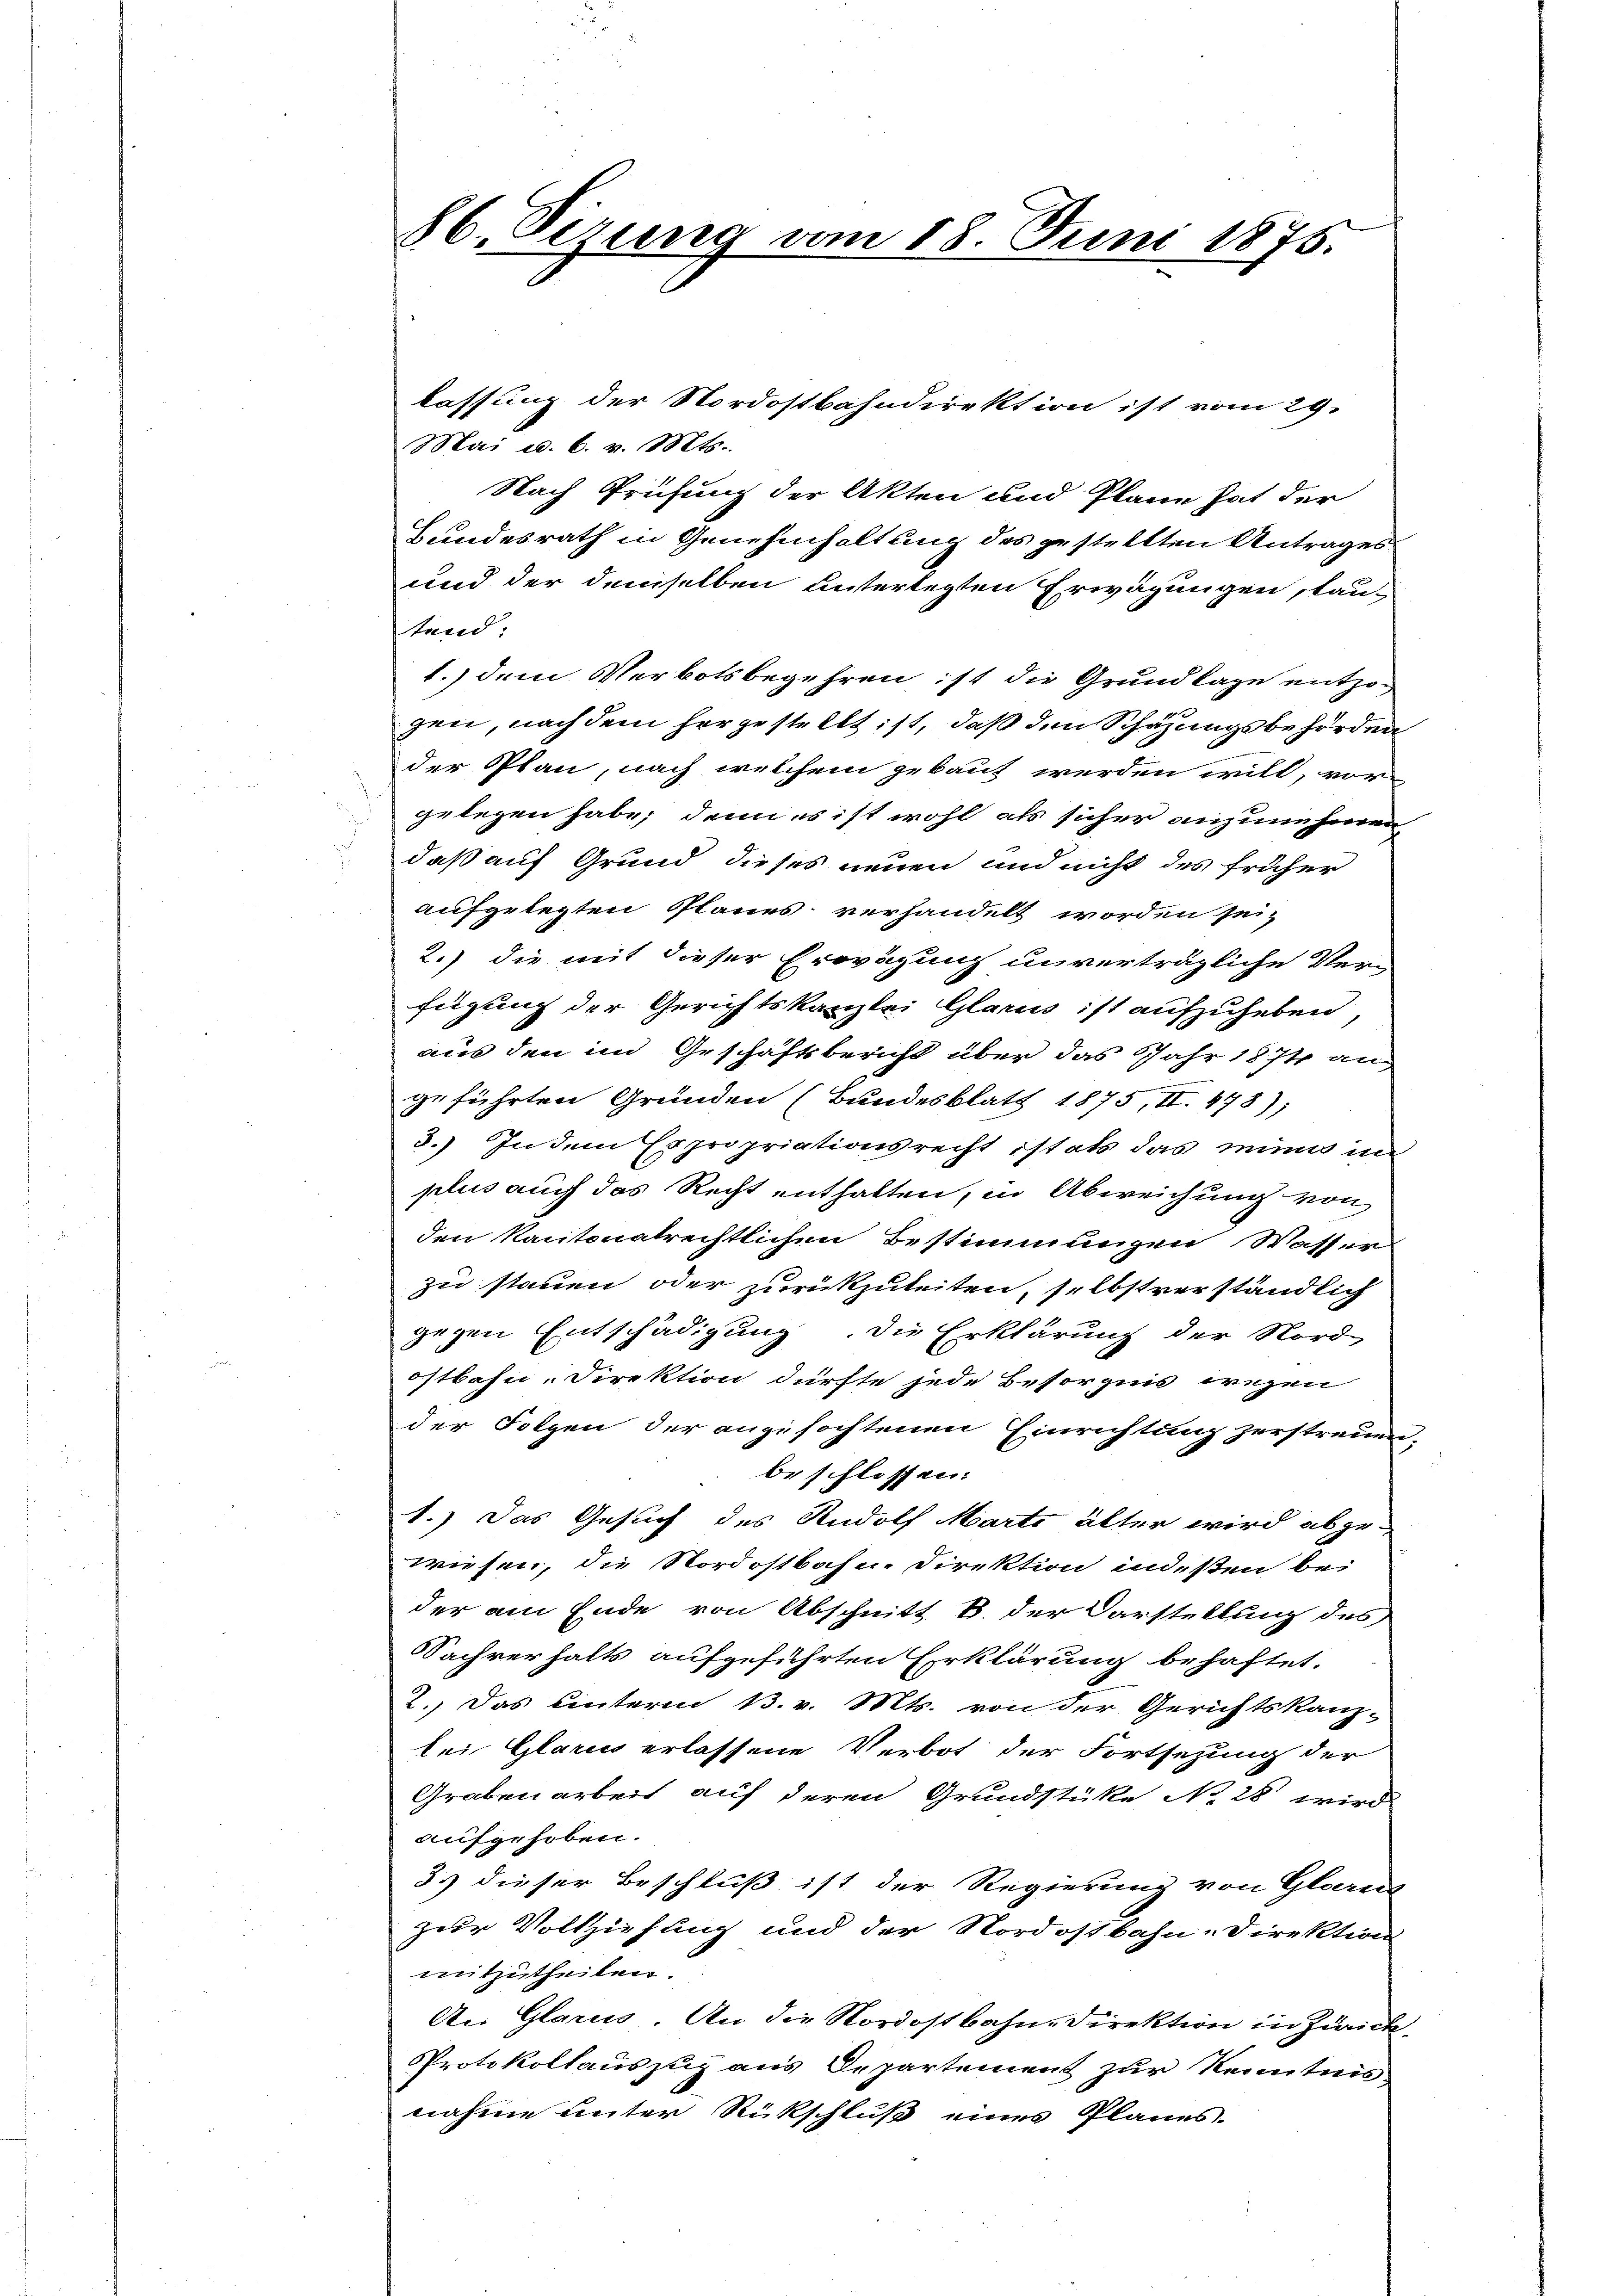
86. Sizung vom 18. Juni 1875.

lassung der Nordostbahndirektion ist vom 29.
Mai d. 6. v. Mts.
Nach Prüfung der Akten und Plane hat der
Bundesrath in Genehmhaltung des gestellten Antrages
und der demselben unterlegten Erwägungen stautend:
1.) dem Verbotsbegehren ist die Grundlage entzog
gen, nach dem hergestellt ist, daß den Schazungsbehörden
der Plan, nach welchem gebaut werden will, vor
gelegen habe; denn es ist wohl als sicher anzunehmen
daß auf Grund dieses neuen und nicht des früher
aufgelegten Planes verhandelt worden sei,
2.) die mit dieser Erwägung unverträgliche Ver-
fügung der Gerichtskanzlei Glarus ist aufzuheben,
aus den im Geschäftsbericht über das Jahr 1874 an
geführten Gründen (Bundesblatt 1875, II. 478);
3.) In dem Expropriationsrecht ist als das mini in
plus auch das Recht enthalten, in Abweichung von
den kantonatrechtlichen Bestimmungen Wasser
zu stauen oder zurückzuleiten, selbstverständlich
gegen Entschädigung. Die Erklärung der Nord
ostbahn-Direktion dürfte jede Besorgnis wegen
der Folgen der angefochtenen Einrichtung zerstreuen,
beschlossen:
1.) Das Gesuch des Rudolf Marti älter wird abge-
wiesen, die Nordostbahn-Direktion indesten bei
der am Ende von Abschnitt B. der Darstellung des
Sachverhalts aufgeführten Erklärung behaftet.
2. Das unterm 13. v. Mts. von der Gerichtskanz-
bei Glarus erlassene Verbot der Fortsezung der
Grabenarbeit auf deren Grundstüke No 28 wird
aufgehoben.
3.) dieser Beschluß ist der Regierung von Glarus
zur Vollziehung und der Nordostbahn-Direktion
mitzutheilen.
An Glarus. An die Nordostbahn, Direktion in Zwick
Protokollauszug aus Departement zur Kenntnis
nahme unter Rückschluß eines Planes.